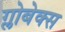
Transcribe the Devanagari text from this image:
ग्लोबेक्स